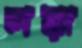
লয়া